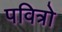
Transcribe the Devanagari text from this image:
पवित्रो